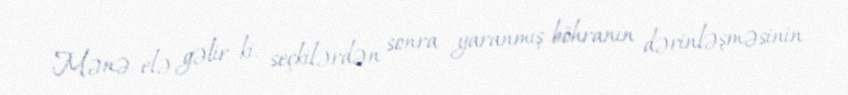
Mənə elə gəlir ki, seçkilərdən sonra yaranmış böhranın dərinləşməsinin